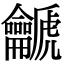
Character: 䶵